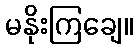
မနိုးကြချေ။